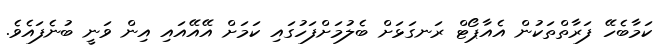
ކަމާބެހޭ ފަރާތްތަކުން އެއާޕޯޓް ރަނގަޅަށް ބެލުމަށްފަހުގައި ކަމަށް އޭއޭއައި އިން ވަނީ ބުނެފައެވެ.